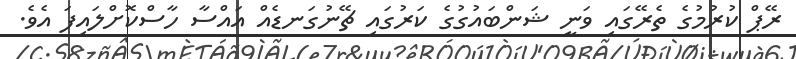
ރޭޕް ކުރުމުގެ ތެރޭގައި ވަނީ ޝަންބައުގުގެ ކަރުގައި ޗޭނުގަނޑެއް އައްސާ ހާސްކޮށްލައިފަ އެވެ.